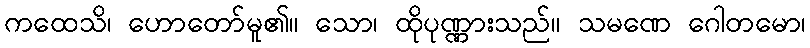
ကထေသိ၊ ဟောတော်မူ၏။ သော၊ ထိုပုဏ္ဏားသည်။ သမဏေ ဂေါတမော၊